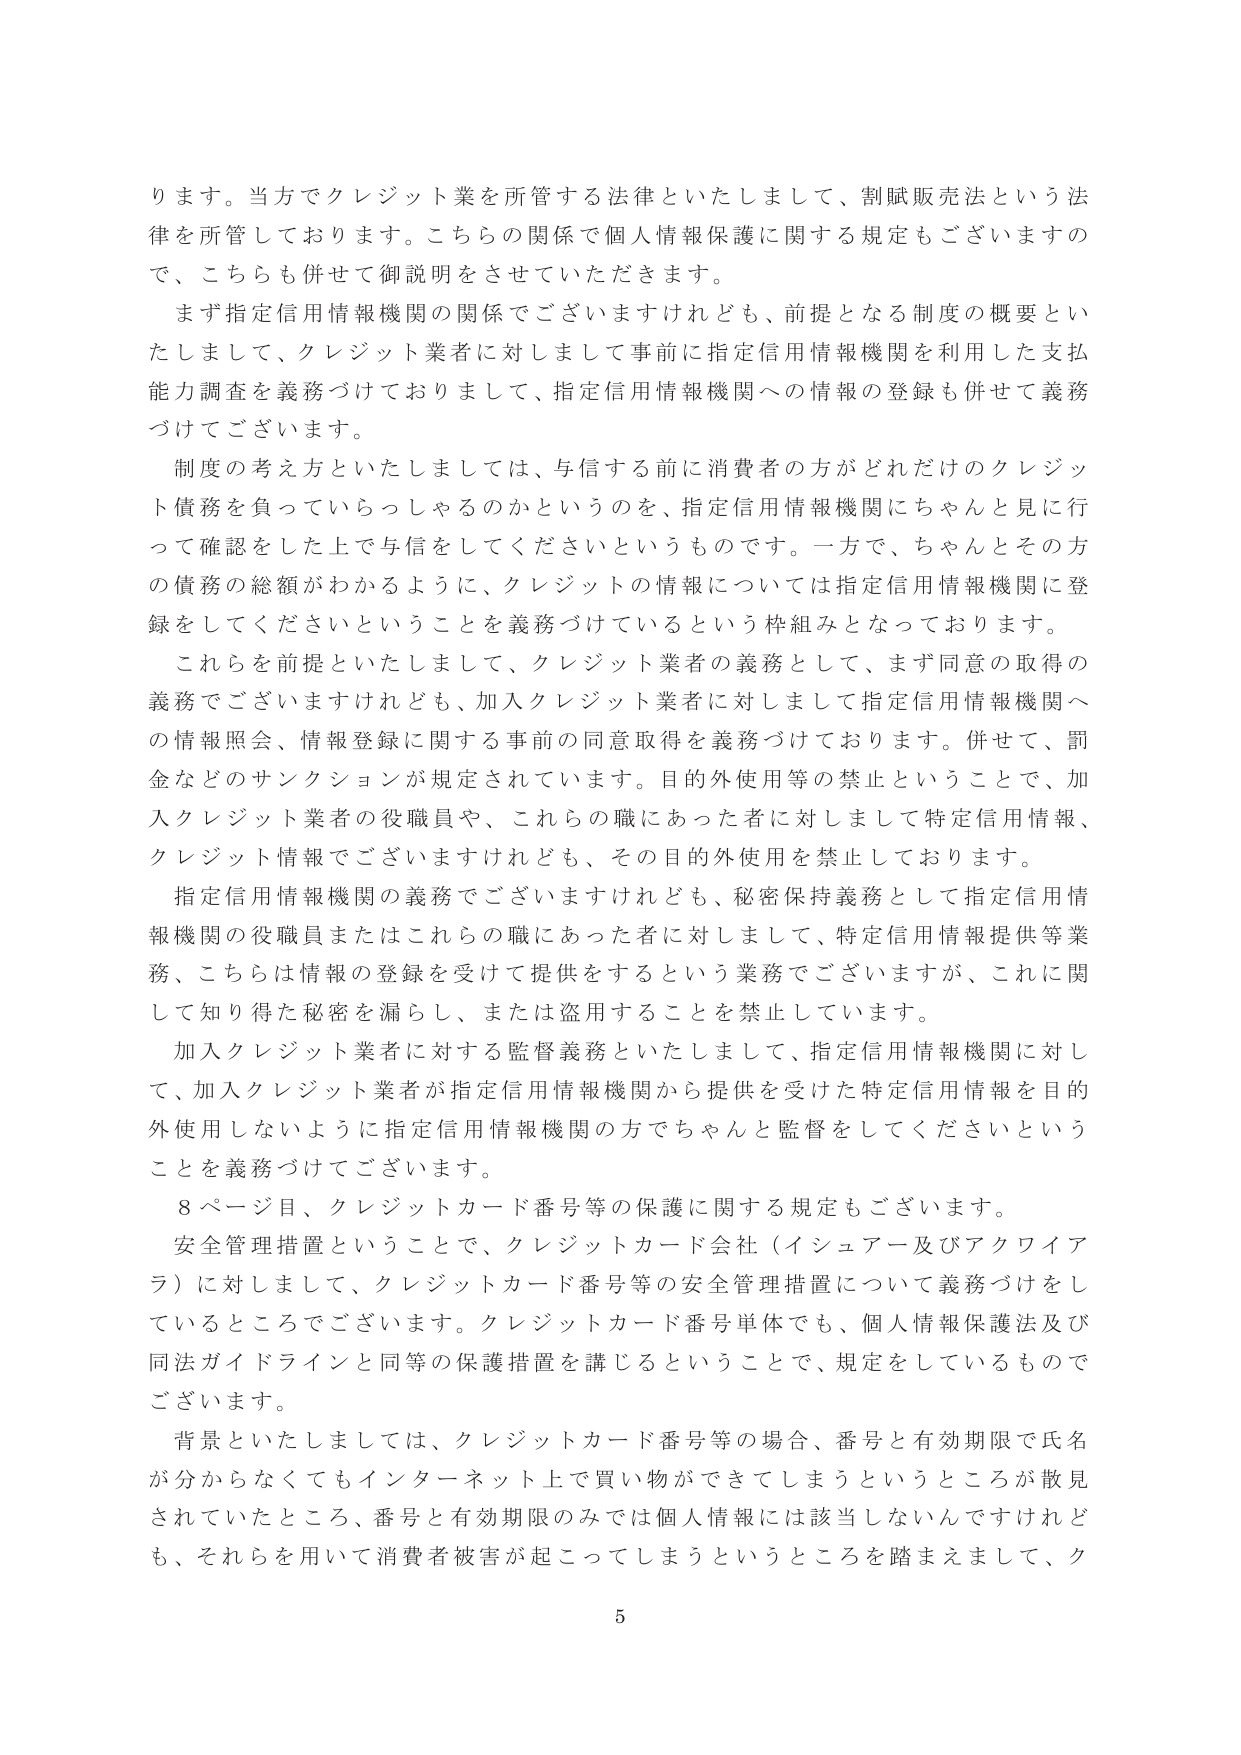
ります。当方でクレジット業を所管する法律といたしまして、割賦販売法という法律を所管しております。こちらの関係で個人情報保護に関する規定もございますので、こちらも併せて御説明をさせていただきます。

まず指定信用情報機関の関係でございますけれども、前提となる制度の概要といたしまして、クレジット業者に対しまして事前に指定信用情報機関を利用した支払能力調査を義務づけておりまして、指定信用情報機関への情報の登録も併せて義務づけてございます。

制度の考え方といたしましては、与信する前に消費者の方がどれだけのクレジット債務を負っていらっしゃるのかというのを、指定信用情報機関にちゃんと見に行って確認をした上で与信してくださいというものです。一方で、ちゃんとその方の債務の総額がわかるように、クレジットの情報については指定信用情報機関に登録をしてくださいということを義務づけているという枠組みとなっております。

これらを前提といたしまして、クレジット業者の義務として、まず同意の取得の義務でございますけれども、加入クレジット業者に対しまして指定信用情報機関への情報照会、情報登録に関する事前の同意取得を義務づけております。併せて、罰金などのサンクションが規定されています。目的外使用等の禁止ということで、加入クレジット業者の役職員や、これらの職にあった者に対しまして特定信用情報、クレジット情報でございますけれども、その目的外使用を禁止しております。

指定信用情報機関の義務でございますけれども、秘密保持義務として指定信用情報機関の役職員またはこれらの職にあった者に対しまして、特定信用情報提供等業務、こちらは情報の登録を受けて提供をするという業務でございますが、これに関して知り得た秘密を漏らし、または盗用することを禁止しています。

加入クレジット業者に対する監督義務といたしまして、指定信用情報機関に対して、加入クレジット業者が指定信用情報機関から提供を受けた特定信用情報を目的外使用しないように指定信用情報機関の方でちゃんと監督をしてくださいということを義務づけてございます。

8ページ目、クレジットカード番号等の保護に関する規定もございます。

安全管理措置ということで、クレジットカード会社（イシュアー及びアクワイアラ）に対しまして、クレジットカード番号等の安全管理措置について義務づけをしているところでございます。クレジットカード番号単体でも、個人情報保護法及び同法ガイドラインと同等の保護措置を講じるということで、規定をしているものでございます。

背景といたしましては、クレジットカード番号等の場合、番号と有効期限で氏名が分からなくてもインターネット上で買い物ができてしまうというところが散見されていたところ、番号と有効期限のみでは個人情報には該当しないんですけれども、それらを用いて消費者被害が起こってしまうというところを踏まえまして、ク

5